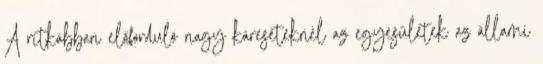
A ritkábban előforduló nagy káreseteknél az egyesületek az állami